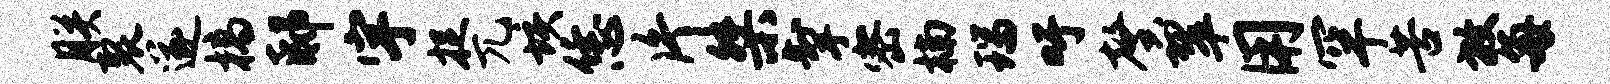
朕裂遂槁邸宇捉兀垓恁片桀掣密楠瑞吁馨翠用罕苦放每